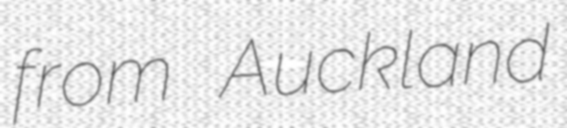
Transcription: from Auckland